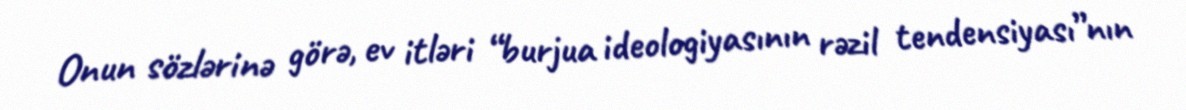
Onun sözlərinə görə, ev itləri “burjua ideologiyasının rəzil tendensiyası”nın